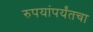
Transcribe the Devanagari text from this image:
रुपयांपर्यंतचा